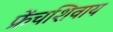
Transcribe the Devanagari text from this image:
फ्रेंचशिवाय